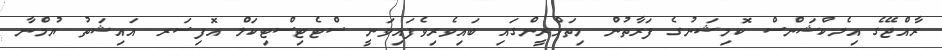
ރާއްޖޭގެ އިލެކްޝަންސް ކޮމިޝަނުގެ ފަރާތުން މިތަމްރީންގައި ބައިވެރިވެފައިވަނީ ސްޓެޓިސްޓިކަލް އޮފިސަރ އައިޝަތު ޔުމްނާ